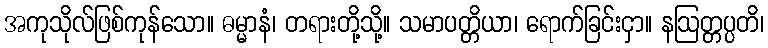
အကုသိုလ်ဖြစ်ကုန်သော။ ဓမ္မာနံ၊ တရားတို့သို့။ သမာပတ္တိယာ၊ ရောက်ခြင်းငှာ။ နဩတ္တပ္ပတိ၊